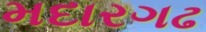
મદારગઢ